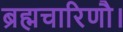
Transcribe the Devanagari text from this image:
ब्रह्मचारिणौ।